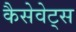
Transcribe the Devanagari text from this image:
कैसेवेट्स